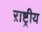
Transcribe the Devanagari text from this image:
ऱाष्ट्रीय